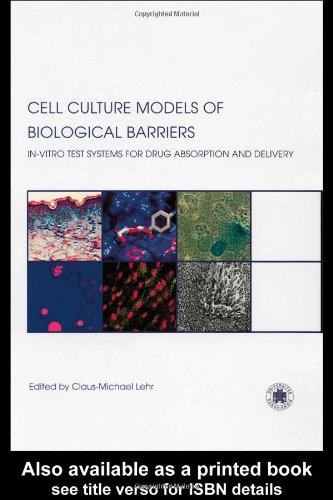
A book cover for Cell Culture Models of Biological Barriers: In vitro Test Systems for Drug Absorption and Delivery; Medical Books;